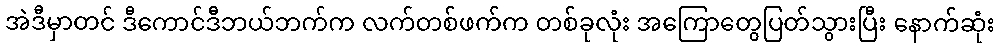
အဲဒီမှာတင် ဒီကောင်ဒီဘယ်ဘက်က လက်တစ်ဖက်က တစ်ခုလုံး အကြောတွေပြတ်သွားပြီး နောက်ဆုံး